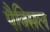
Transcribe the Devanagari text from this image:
पैक्सिल